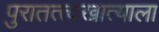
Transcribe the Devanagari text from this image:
पुरातत्त्वखात्याला